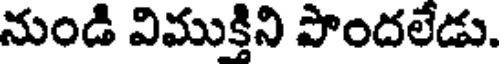
నుండి విముక్తిని పొందలేడు.